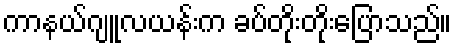
ကာနယ်ဂျူလယန်းက ခပ်တိုးတိုးပြောသည်။